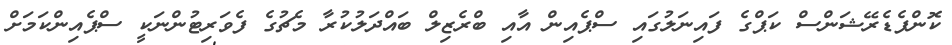
ކޮންފެޑެރޭޝަންސް ކަޕްގެ ފައިނަލުގައި ސްޕެއިން އާއި ބްރެޒިލް ބައްދަލުކުރާ މެޗުގެ ފެވަރިޓުންނަކީ ސްޕެއިންކަމަށް